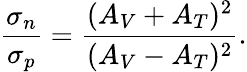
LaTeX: {\frac{\sigma_{n}}{\sigma_{p}}}={\frac{(A_{V}+A_{T})^{2}}{(A_{V}-A_{T})^{2}}}.